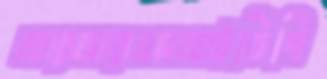
আরআরএমআইডিপি